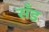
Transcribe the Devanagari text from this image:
सॅंड